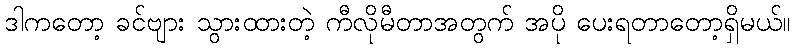
ဒါကတော့ ခင်ဗျား သွားထားတဲ့ ကီလိုမီတာအတွက် အပို ပေးရတာတော့ရှိမယ်။